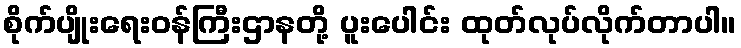
စိုက်ပျိုးရေးဝန်ကြီးဌာနတို့ ပူးပေါင်း ထုတ်လုပ်လိုက်တာပါ။